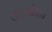
ઉદબોધન